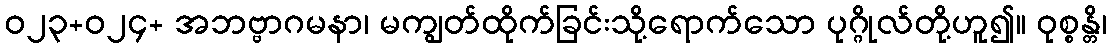
ဝ၂၃+၀၂၄+ အဘဗ္ဗာဂမနာ၊ မကျွတ်ထိုက်ခြင်းသို့ရောက်သော ပုဂ္ဂိုလ်တို့ဟူ၍။ ဝုစ္စန္တိ၊